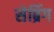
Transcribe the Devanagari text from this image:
सेब्रिंग